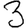
Digit: 3